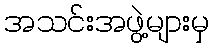
အသင်းအဖွဲ့များမှ